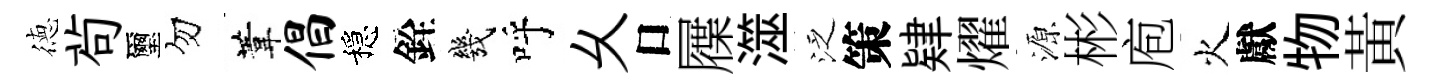
徳茍璽勿葦倡穩銓幾呼乆口屧澨泛策肄燿源彬庖火獻物黃